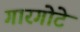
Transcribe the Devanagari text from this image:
गारगोटे